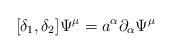
LaTeX: \begin{align*}[\delta_1,\delta_2]\Psi^{\mu}=a^{\alpha}{\partial}_{\alpha}\Psi^{\mu}\end{align*}